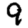
Digit: 9